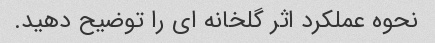
نحوه عملکرد اثر گلخانه ای را توضیح دهید.